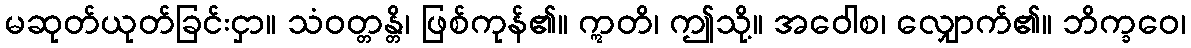
မဆုတ်ယုတ်ခြင်းငှာ။ သံဝတ္တန္တိ၊ ဖြစ်ကုန်၏။ ဣတိ၊ ဤသို့။ အဝေါစ၊ လျှောက်၏။ ဘိက္ခဝေ၊